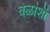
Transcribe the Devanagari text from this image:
वेळांशी